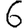
Digit: 6